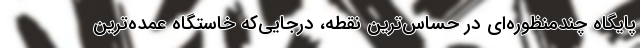
پایگاه چندمنظوره‌ای در حساس‌ترین نقطه، در‌جایی‌که خاستگاه عمده‌ترین